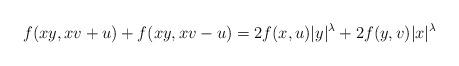
LaTeX: \begin{align*}f(x y,x v+u)+f(x y,x v-u)=2 f(x,u) |y|^{\lambda}+ 2 f(y,v) |x|^{\lambda}\end{align*}